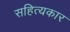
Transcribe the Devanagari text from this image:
सहित्यकार